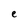
Character: e